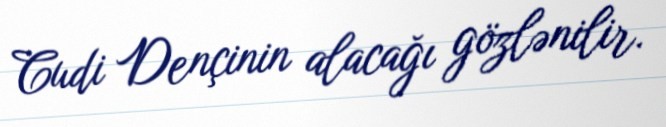
Cudi Dençinin alacağı gözlənilir.